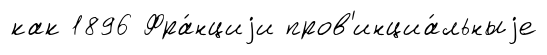
как 1896 Фра́нциjи пров'инциа́льныjе